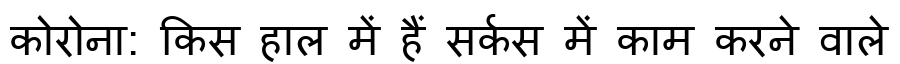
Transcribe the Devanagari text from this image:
कोरोना: किस हाल में हैं सर्कस में काम करने वाले